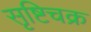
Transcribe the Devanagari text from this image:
सृष्टिचक्र